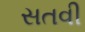
સતવી